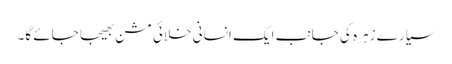
سیارے زہرہ کی جانب ایک انسانی خلائی مشن بھیجا جائے گا۔